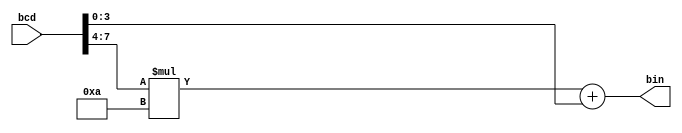
`timescale 1ns / 1ps
//////////////////////////////////////////////////////////////////////////////////
// Company: 
// Engineer: 
// 
// Design Name: 
// Module Name: bcd_to_bin
// Project Name: 
// Target Devices: 
// Tool Versions: 
// Description: 
// 
// Dependencies: 
// 
// Revision:
// Revision 0.01 - File Created
// Additional Comments:
// 
//////////////////////////////////////////////////////////////////////////////////
// arithmatic approach

module bcd_to_bin(
input [7:0] bcd,
output [7:0] bin
);
assign bin = (bcd[7:4] * 4'd10)+ bcd[3:0];
endmodule